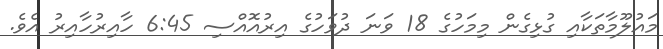
މައުލޫމާތަކާއި ގުޅިގެން މިމަހުގެ 18 ވަނަ ދުވަހުގެ އިރުއޮއްސި 6:45 ހާއިރުހާއިރު އެވެ.